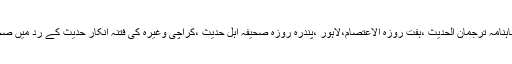
اور اسی طرح ماہنامہ محدث، ماہنامہ ترجمان الحدیث ،ہفت روزہ الاعتصام،لاہور ،پندرہ روزہ صحیفہ اہل حدیث ،کراچی وغیرہ کی فتنہ انکار حدیث کے رد میں صحافتی خدمات بھی قابل قدر ہیں ۔